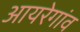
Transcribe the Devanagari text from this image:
आयरेगांव